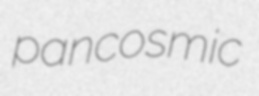
pancosmic